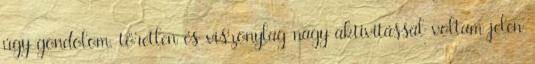
úgy gondolom, töretlen és viszonylag nagy aktivitással voltam jelen